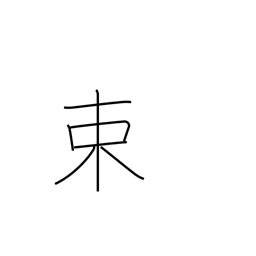
Meaning: tie in bundles